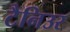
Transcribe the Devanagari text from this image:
टैनिउर